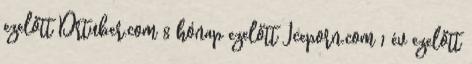
ezelőtt Drtuber.com 8 hónap ezelőtt Iceporn.com 1 év ezelőtt